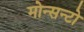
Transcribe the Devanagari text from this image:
मोन्सन्टो